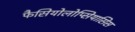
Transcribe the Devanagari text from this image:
फैसियोलोप्सियासिस